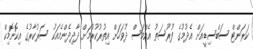
ކަރަންޓް ސަބްސިޑީއަށް އެދުމުގެ ފުރުސަތު އެއްމަސް ދުވަހަށް އިތުރުކުރުމަށް ދާދިދެންމެއަކު ސަރުކާރުގެ އިކޮނޮމިކް